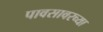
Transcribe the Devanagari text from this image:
पावसावरच्या